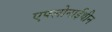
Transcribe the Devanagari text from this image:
एफ्लोनाईथीन